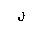
Letter: _lam